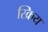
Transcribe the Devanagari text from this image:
स्क्रिय